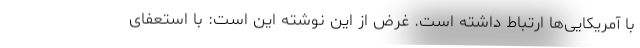
با آمریکایی‌ها ارتباط داشته است. غرض از این نوشته این است: با استعفای